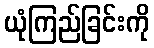
ယုံကြည်ခြင်းကို